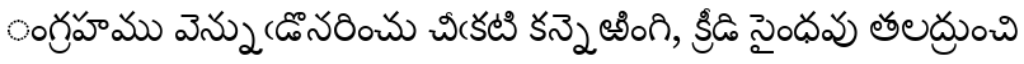
ంగ్రహము వెన్నుఁడొనరించు చీఁకటి కన్నెఱింగి, క్రీడి సైంధవు తలద్రుంచి